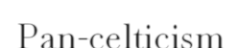
Pan-celticism